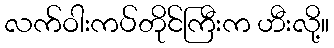
လက်ဝါးကပ်တိုင်ကြီးက ဟီးလို့။